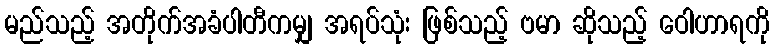
မည်သည့် အတိုက်အခံပါတီကမျှ အရပ်သုံး ဖြစ်သည့် ဗမာ ဆိုသည့် ဝေါဟာရကို